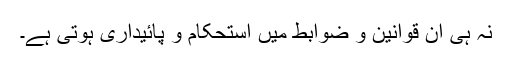
نہ ہی ان قوانین و ضوابط میں استحکام و پائیداری ہوتی ہے۔